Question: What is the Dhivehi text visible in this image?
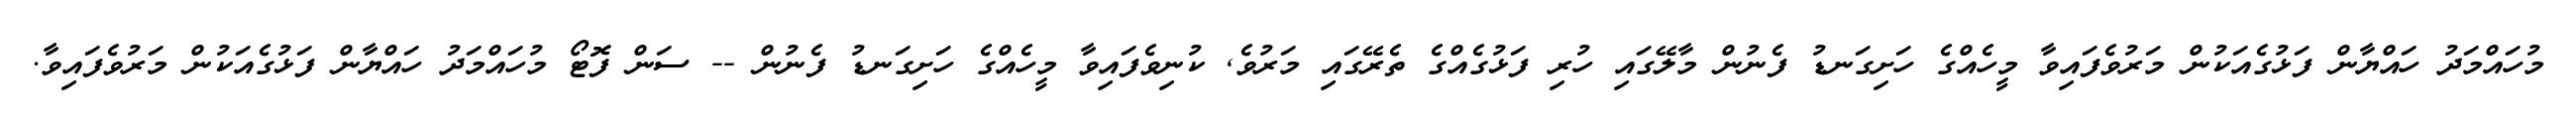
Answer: މުހައްމަދު ހައްޔާން ފަޅުގެއަކުން މަރުވެފައިވާ މީހެއްގެ ހަށިގަނޑު ފެނުން މާލޭގައި ހުރި ފަޅުގެއްގެ ތެރޭގައި މަރުވެ, ކުނިވެފައިވާ މީހެއްގެ ހަށިގަނޑު ފެނުން -- ސަން ފޮޓޯ މުހައްމަދު ހައްޔާން ފަޅުގެއަކުން މަރުވެފައިވާ.